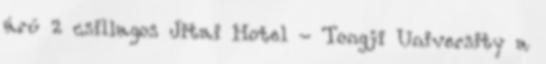
árú 2 csillagos Jitai Hotel - Tongji University a